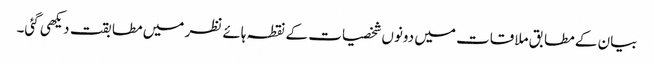
بیان کے مطابق ملاقات میں دونوں شخصیات کے نقطہ ہائے نظر میں مطابقت دیکھی گئی۔